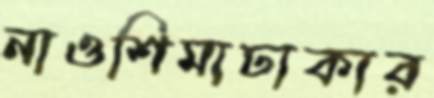
নাওশিমাঢাকার